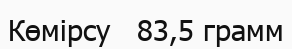
Көмірсу   83,5 грамм